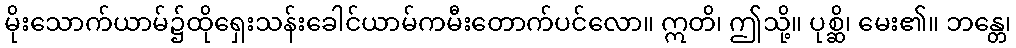
မိုးသောက်ယာမ်၌ထိုရှေးသန်းခေါင်ယာမ်ကမီးတောက်ပင်လော။ ဣတိ၊ ဤသို့။ ပုစ္ဆိ၊ မေး၏။ ဘန္တေ၊